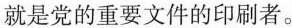
就是党的重要文件的印刷者。